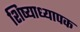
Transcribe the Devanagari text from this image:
शिष्याध्यापक